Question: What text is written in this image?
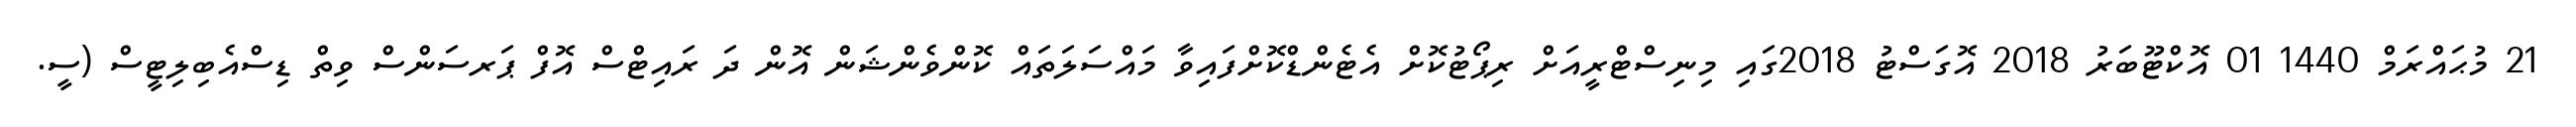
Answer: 21 މުޙައްރަމް 1440 01 އޮކްޓޫބަރު 2018 އޮގަސްޓު 2018ގައި މިނިސްޓްރީއަށް ރިޕޯޓުކޮށް އެޓެންޑްކޮށްފައިވާ މައްސަލަތައް ކޮންވެންޝަން އޮން ދަ ރައިޓްސް އޮފް ޕަރސަންސް ވިތް ޑިސްއެބިލިޓީސް (ސީ.